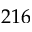
2 1 6